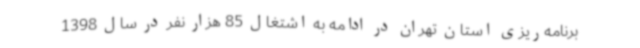
برنامه‌ریزی استان تهران در ادامه به اشتغال 85 هزار نفر در سال 1398